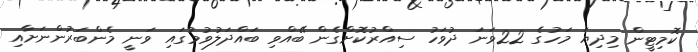
ކޮމިޓީން މިދިޔަ މަހުގެ 22ވަަނަ ދުވަހު ސިއްރުކޮށްގެން ބޭއްވި ބައްދަލުވުމުގައި ވަނީ މެންބަރުންނަށާއި